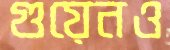
গুয়েনও